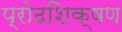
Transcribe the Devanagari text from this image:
प्रोढशिक्षण